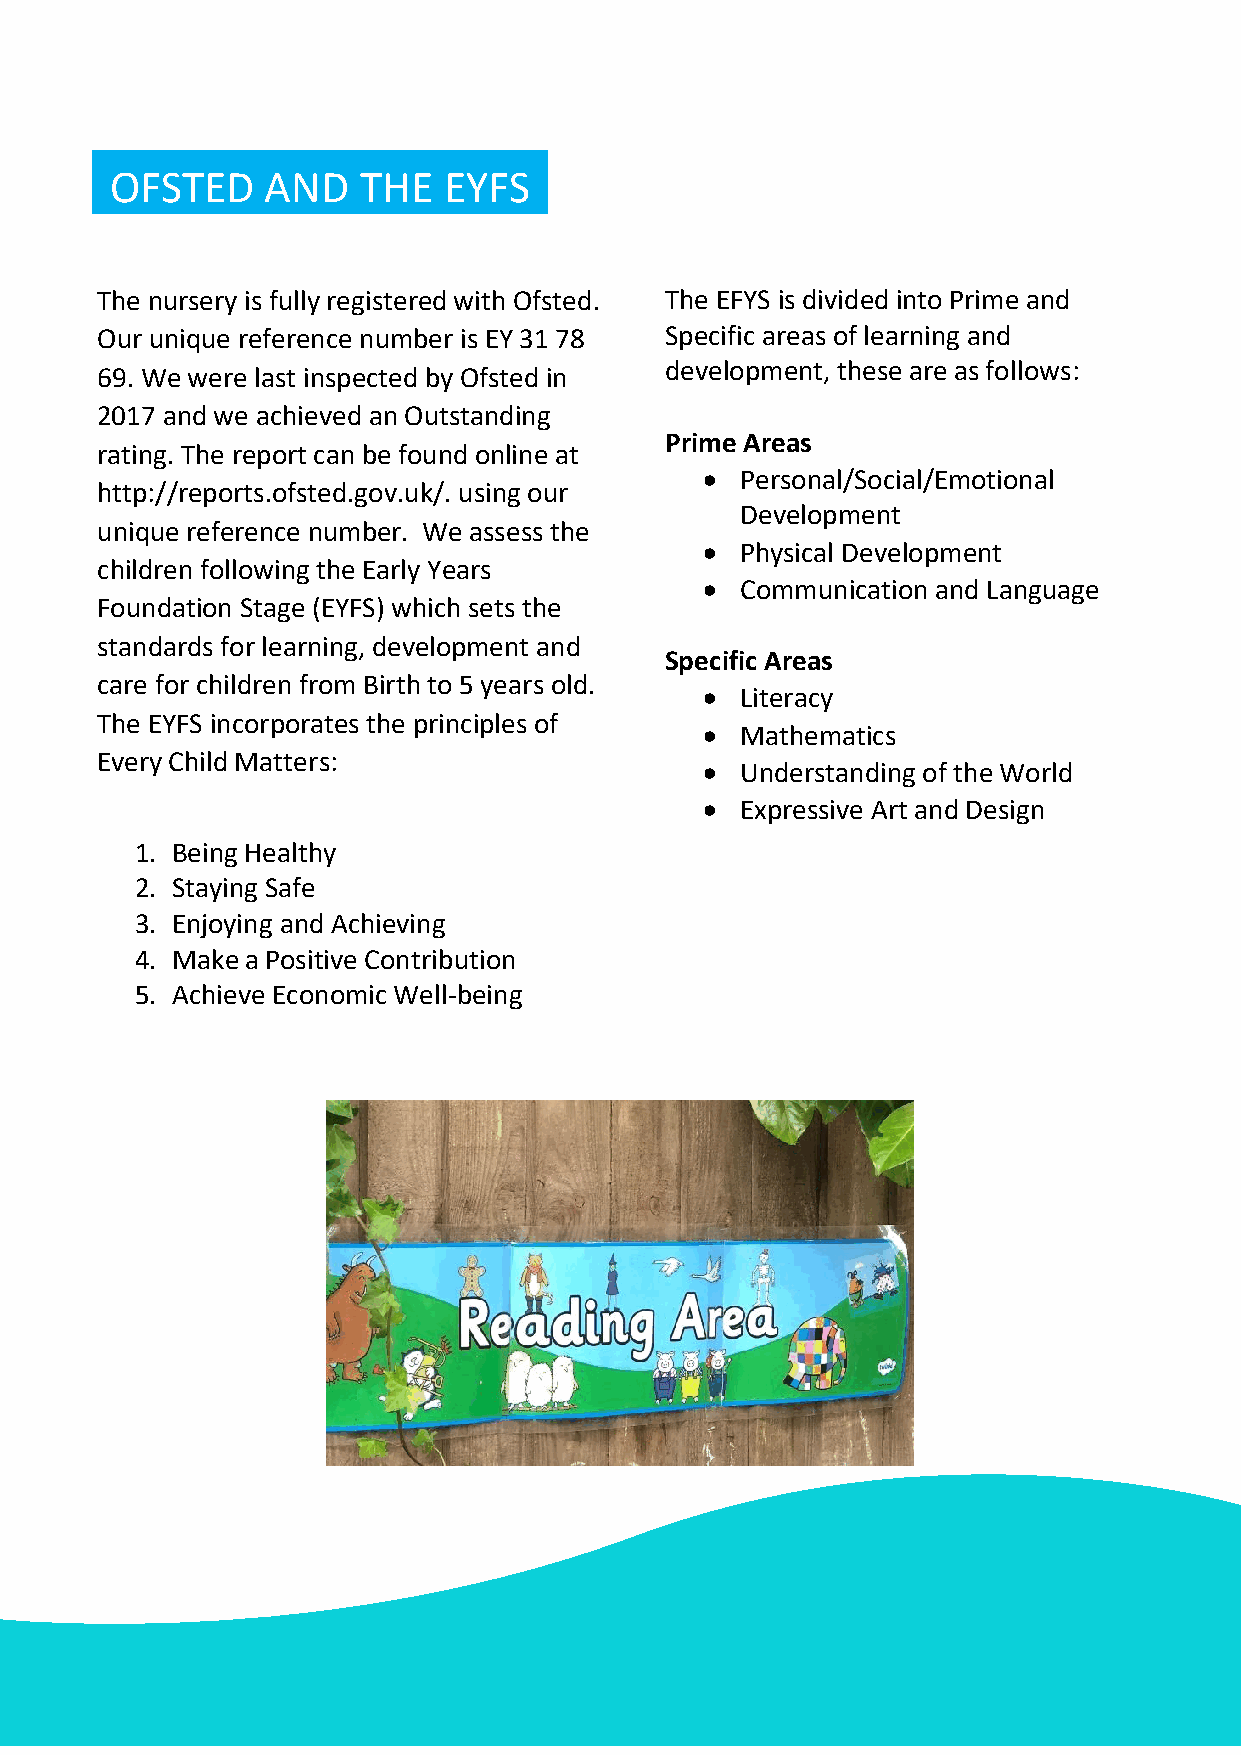
OFSTED     AND   THE  EYFS
 The nursery is fully registered with Ofsted. The EFYS is divided into Prime and
 Our unique reference number is EY 31 78 Specific areas of learning and
 development, these are as follows:
 69. We were last inspected by Ofsted in
 2017 and we achieved an Outstanding
 Prime Areas
 rating. The report can be found online at
 •  Personal/Social/Emotional
 http://reports.ofsted.gov.uk/. using our
 Development
 unique reference number. We assess the
 •  Physical Development
 children following the Early Years
 •  Communication and Language
 Foundation Stage (EYFS) which sets the
 standards for learning, development and
 Specific Areas
 care for children from Birth to 5 years old.
 •  Literacy
 The EYFS incorporates the principles of
 •  Mathematics
 Every Child Matters:
 •  Understanding of the World
 •  Expressive Art and Design
 1. Being Healthy
 2. Staying Safe
 3. Enjoying and Achieving
 4. Make a Positive Contribution
 5. Achieve Economic Well-being